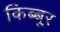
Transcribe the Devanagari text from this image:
किब्बूर